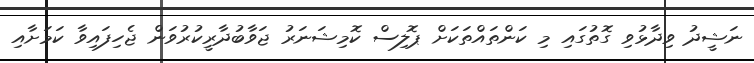
ނަޝީދު ވިދާޅުވި ގޮތުގައި މި ކަންތައްތަކަށް ޕޮލިސް ކޮމިޝަނަރު ޖަވާބުދާރީކުރުވަން ޖެހިފައިވާ ކަމަށާއި